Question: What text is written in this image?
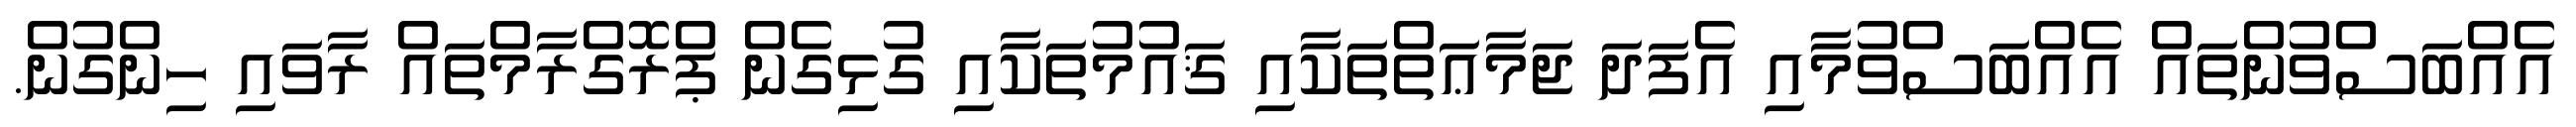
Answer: އެއްބަސްވުންތައް އެއްބަސްވުމާއި އެފަދަ ޖަމާޢަތްތަކާއި ޤައުމުތަކާއި ގުޅިގެން ޕްރޮގްރާމްތައް ރާވައި ހިންގުން.